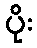
ပိုး